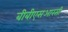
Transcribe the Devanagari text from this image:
बीबीएसआरसी